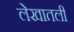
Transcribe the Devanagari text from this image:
लेखातली